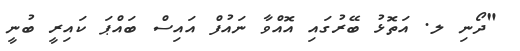
"ދޯނި ލ. އަތޮޅު ބޭރުގައި އޮއްވާ ނައުފް އައިސް ބައްޕަ ކައިރީ ބުނީ